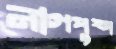
নাগপুষ্প